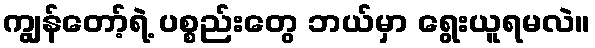
ကျွန်တော့်ရဲ့ ပစ္စည်းတွေ ဘယ်မှာ ရွေးယူရမလဲ။